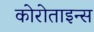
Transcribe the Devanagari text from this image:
कोरोताइन्स